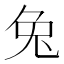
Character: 兔